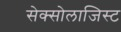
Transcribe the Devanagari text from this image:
सेक्सोलाजिस्ट